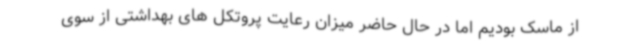
از ماسک بودیم اما در حال حاضر میزان رعایت پروتکل های بهداشتی از سوی